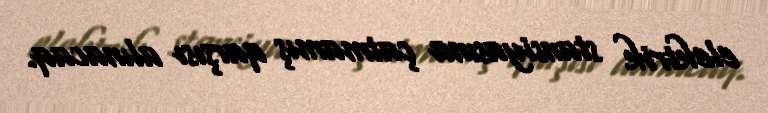
elektrik stansiyasına çatmamış qarşısı alınacaq.